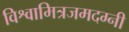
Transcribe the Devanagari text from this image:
विश्वामित्रजमदग्नी